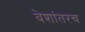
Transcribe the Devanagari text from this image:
वेशांतरच